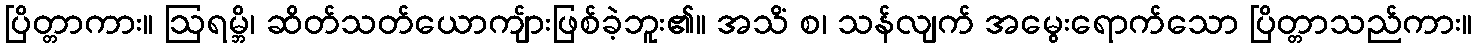
ပြိတ္တာကား။ ဩရမ္ဘိ၊ ဆိတ်သတ်ယောကျ်ားဖြစ်ခဲ့ဘူး၏။ အသိံ စ၊ သန်လျက် အမွေးရောက်သော ပြိတ္တာသည်ကား။